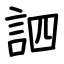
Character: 訵